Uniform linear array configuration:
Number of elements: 16
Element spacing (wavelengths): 0.75
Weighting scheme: hann
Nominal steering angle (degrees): -15
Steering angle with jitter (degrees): -13.092
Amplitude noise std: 0.05
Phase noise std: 0.05

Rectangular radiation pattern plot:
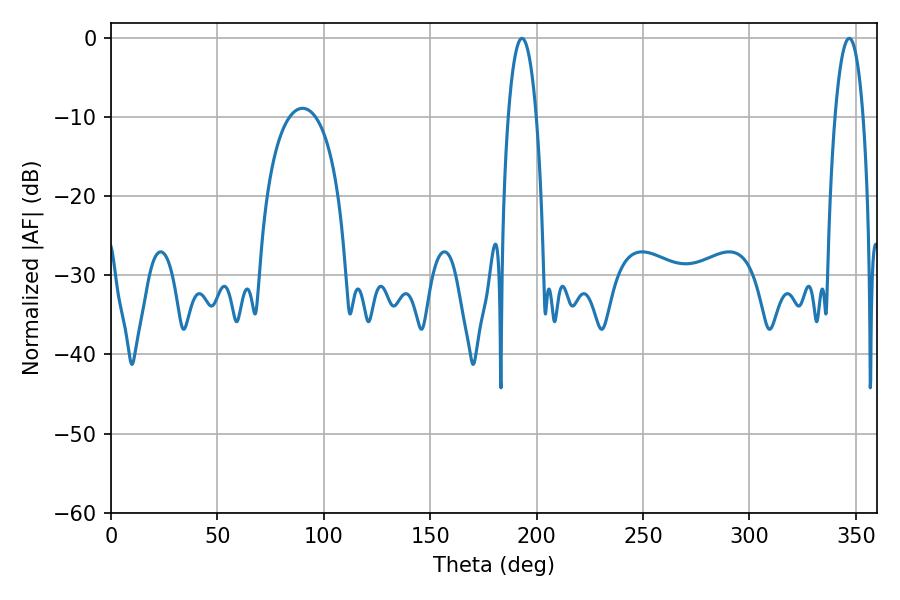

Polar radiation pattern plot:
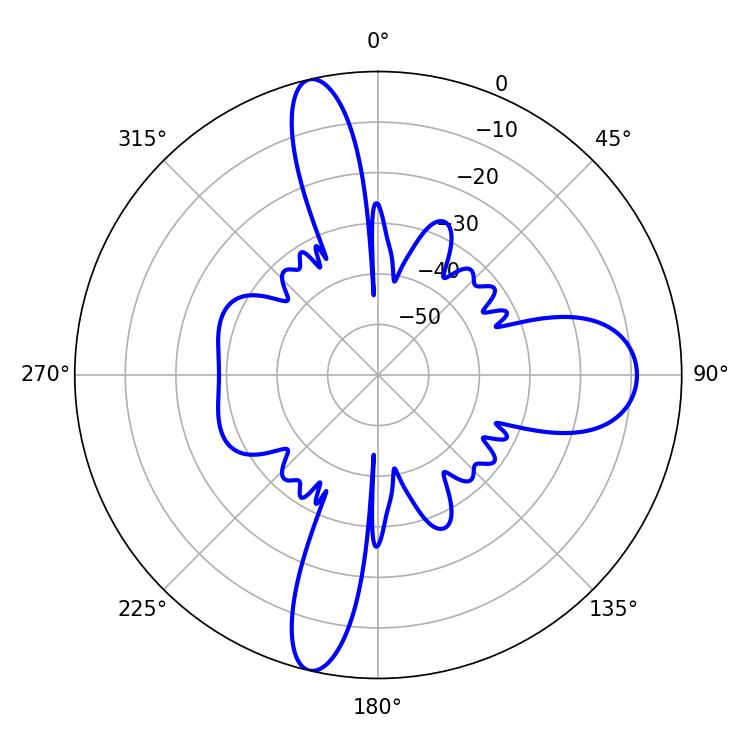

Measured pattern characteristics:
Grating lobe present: TRUE
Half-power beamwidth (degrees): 7.38
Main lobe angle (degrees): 193.14